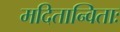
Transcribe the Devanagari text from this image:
मदितान्विताः